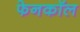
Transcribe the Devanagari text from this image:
फेनकॉल